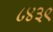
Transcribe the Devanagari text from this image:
८४३९